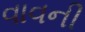
વાવની